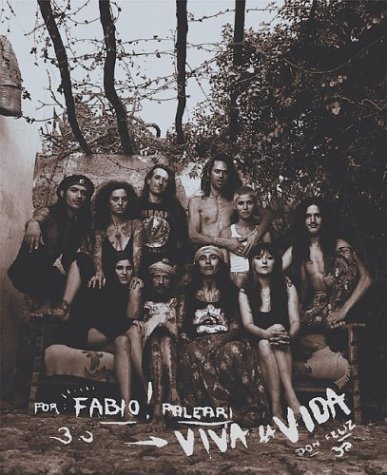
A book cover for Fabio Paleari: The Leu Family's Family Iron; Fabio Paleari; Arts & Photography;